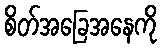
စိတ်အခြေအနေကို